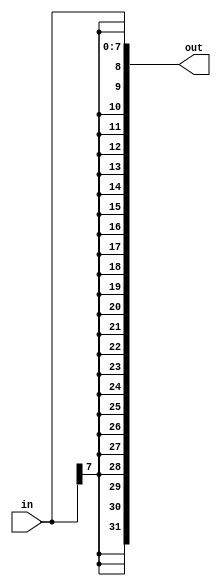
/*
{5{1'b1}}           // 5'b11111 (or 5'd31 or 5'h1f)
{2{a,b,c}}          // The same as {a,b,c,a,b,c}
{3'd5, {2{3'd6}}}   // 9'b101_110_110. It's a concatenation of 101 with
                    // the second vector, which is two copies of 3'b110.
*/


module top_module (
    input [7:0] in,
    output [31:0] out );//

    assign out = {{24{in[7]}}, in[7:0]};

endmodule